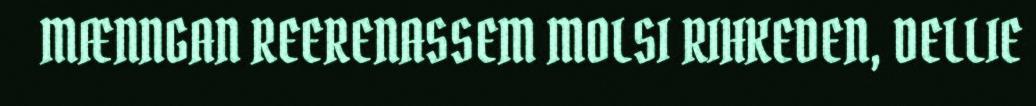
MÆNNGAN REERENASSEM MOLSI RIHKEDEN, DELLIE